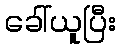
ခေါ်ယူပြီး